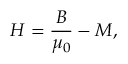
{ \boldsymbol { H } } = { \frac { \boldsymbol { B } } { \mu _ { 0 } } } - { \boldsymbol { M } } ,